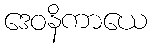
ဒေဝနိကာယေ